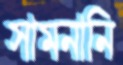
সামনানি